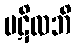
ပဋိလဘိ